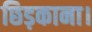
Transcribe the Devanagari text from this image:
छिड़काना।